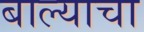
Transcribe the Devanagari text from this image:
बाल्याचा